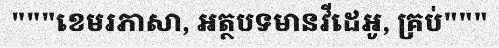
"""ខេមរភាសា, អត្ថបទមានវីដេអូ, គ្រប់"""